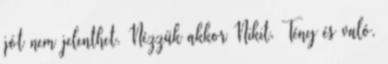
jót nem jelenthet. Nézzük akkor Nikit. Tény és való,